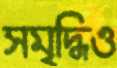
সমৃদ্ধিও